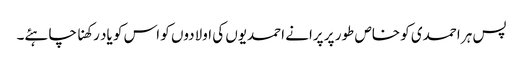
پس ہر احمدی کو خاص طور پر پرانے احمدیوں کی اولادوں کو اس کو یاد رکھنا چاہئے۔